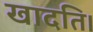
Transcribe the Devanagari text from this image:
खादति।